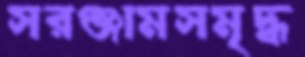
সরঞ্জামসমৃদ্ধ